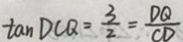
\tan D C Q = \frac { 3 } { 2 } = \frac { D Q } { C D }